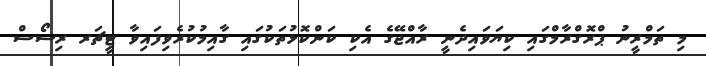
މި ތަމްރީނު ޕްރޮގްރާމްގައި ކިޔަވައިދެނީ ރާއްޖޭގެ އެކި ކަންކޮޅުތަކުގައި ގާއިމުކުރެވިފައިވާ ޓީޗަރ ރިސޯސް